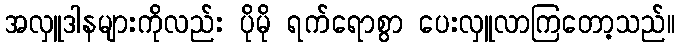
အလှူဒါနများကိုလည်း ပိုမို ရက်ရောစွာ ပေးလှူလာကြတော့သည်။